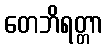
တေဘိရတ္တာ